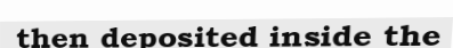
then deposited inside the